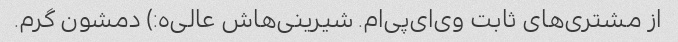
از مشتری‌های ثابت وی‌ای‌پی‌ام. شیرینی‌هاش عالی‌ه:) دمشون گرم.